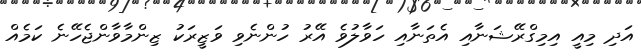
އަދި މިއީ އިމިގްރޭޝަނާއި އެތަނާއި ހަވާލުވެ އޭރު ހުންނެވި ވަޒީރަކު ޒިންމާވާންޖެހޭނެ ކަމެއް